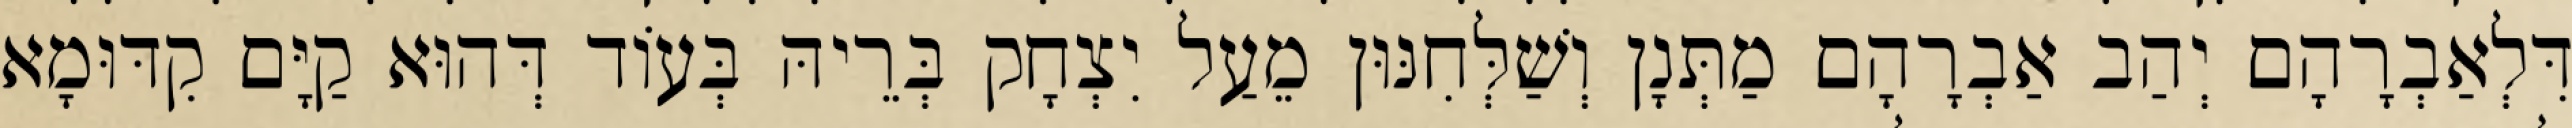
דִּלְאַבְרָהָם יְהַב אַבְרָהָם מַתְּנָן וְשַׁלְּחִנּוּן מֵעַל יִצְחָק בְּרֵיהּ בְּעוֹד דְּהוּא קַיָּם קִדּוּמָא